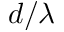
d / \lambda